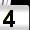
Digit: 4